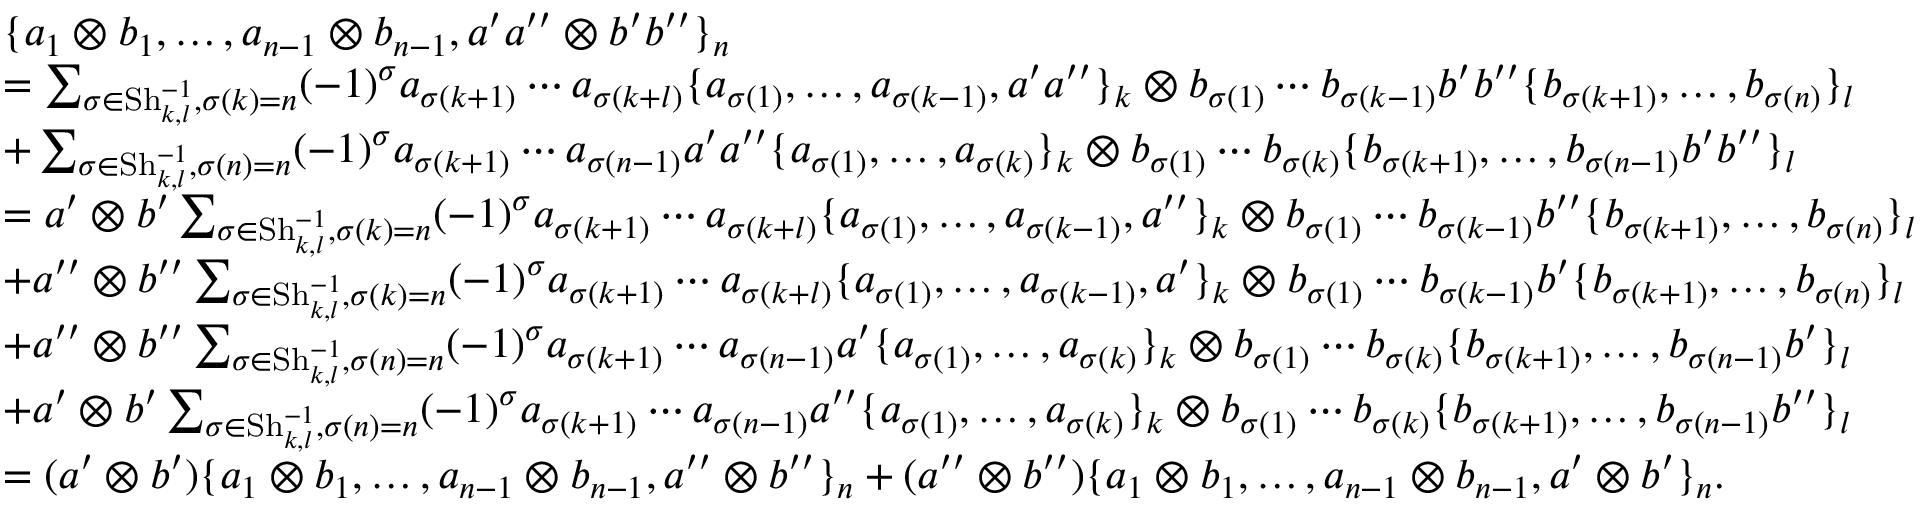
\begin{array} { r l } & { \{ a _ { 1 } \otimes b _ { 1 } , \dotsc , a _ { n - 1 } \otimes b _ { n - 1 } , a ^ { \prime } a ^ { \prime \prime } \otimes b ^ { \prime } b ^ { \prime \prime } \} _ { n } } \\ & { = \sum _ { \sigma \in \operatorname { S h } _ { k , l } ^ { - 1 } , \sigma ( k ) = n } ( - 1 ) ^ { \sigma } a _ { \sigma ( k + 1 ) } \cdots a _ { \sigma ( k + l ) } \{ a _ { \sigma ( 1 ) } , \dotsc , a _ { \sigma ( k - 1 ) } , a ^ { \prime } a ^ { \prime \prime } \} _ { k } \otimes b _ { \sigma ( 1 ) } \cdots b _ { \sigma ( k - 1 ) } b ^ { \prime } b ^ { \prime \prime } \{ b _ { \sigma ( k + 1 ) } , \dotsc , b _ { \sigma ( n ) } \} _ { l } } \\ & { + \sum _ { \sigma \in \operatorname { S h } _ { k , l } ^ { - 1 } , \sigma ( n ) = n } ( - 1 ) ^ { \sigma } a _ { \sigma ( k + 1 ) } \cdots a _ { \sigma ( n - 1 ) } a ^ { \prime } a ^ { \prime \prime } \{ a _ { \sigma ( 1 ) } , \dotsc , a _ { \sigma ( k ) } \} _ { k } \otimes b _ { \sigma ( 1 ) } \cdots b _ { \sigma ( k ) } \{ b _ { \sigma ( k + 1 ) } , \dotsc , b _ { \sigma ( n - 1 ) } b ^ { \prime } b ^ { \prime \prime } \} _ { l } } \\ & { = a ^ { \prime } \otimes b ^ { \prime } \sum _ { \sigma \in \operatorname { S h } _ { k , l } ^ { - 1 } , \sigma ( k ) = n } ( - 1 ) ^ { \sigma } a _ { \sigma ( k + 1 ) } \cdots a _ { \sigma ( k + l ) } \{ a _ { \sigma ( 1 ) } , \dotsc , a _ { \sigma ( k - 1 ) } , a ^ { \prime \prime } \} _ { k } \otimes b _ { \sigma ( 1 ) } \cdots b _ { \sigma ( k - 1 ) } b ^ { \prime \prime } \{ b _ { \sigma ( k + 1 ) } , \dotsc , b _ { \sigma ( n ) } \} _ { l } } \\ & { + a ^ { \prime \prime } \otimes b ^ { \prime \prime } \sum _ { \sigma \in \operatorname { S h } _ { k , l } ^ { - 1 } , \sigma ( k ) = n } ( - 1 ) ^ { \sigma } a _ { \sigma ( k + 1 ) } \cdots a _ { \sigma ( k + l ) } \{ a _ { \sigma ( 1 ) } , \dotsc , a _ { \sigma ( k - 1 ) } , a ^ { \prime } \} _ { k } \otimes b _ { \sigma ( 1 ) } \cdots b _ { \sigma ( k - 1 ) } b ^ { \prime } \{ b _ { \sigma ( k + 1 ) } , \dotsc , b _ { \sigma ( n ) } \} _ { l } } \\ & { + a ^ { \prime \prime } \otimes b ^ { \prime \prime } \sum _ { \sigma \in \operatorname { S h } _ { k , l } ^ { - 1 } , \sigma ( n ) = n } ( - 1 ) ^ { \sigma } a _ { \sigma ( k + 1 ) } \cdots a _ { \sigma ( n - 1 ) } a ^ { \prime } \{ a _ { \sigma ( 1 ) } , \dotsc , a _ { \sigma ( k ) } \} _ { k } \otimes b _ { \sigma ( 1 ) } \cdots b _ { \sigma ( k ) } \{ b _ { \sigma ( k + 1 ) } , \dotsc , b _ { \sigma ( n - 1 ) } b ^ { \prime } \} _ { l } } \\ & { + a ^ { \prime } \otimes b ^ { \prime } \sum _ { \sigma \in \operatorname { S h } _ { k , l } ^ { - 1 } , \sigma ( n ) = n } ( - 1 ) ^ { \sigma } a _ { \sigma ( k + 1 ) } \cdots a _ { \sigma ( n - 1 ) } a ^ { \prime \prime } \{ a _ { \sigma ( 1 ) } , \dotsc , a _ { \sigma ( k ) } \} _ { k } \otimes b _ { \sigma ( 1 ) } \cdots b _ { \sigma ( k ) } \{ b _ { \sigma ( k + 1 ) } , \dotsc , b _ { \sigma ( n - 1 ) } b ^ { \prime \prime } \} _ { l } } \\ & { = ( a ^ { \prime } \otimes b ^ { \prime } ) \{ a _ { 1 } \otimes b _ { 1 } , \dotsc , a _ { n - 1 } \otimes b _ { n - 1 } , a ^ { \prime \prime } \otimes b ^ { \prime \prime } \} _ { n } + ( a ^ { \prime \prime } \otimes b ^ { \prime \prime } ) \{ a _ { 1 } \otimes b _ { 1 } , \dotsc , a _ { n - 1 } \otimes b _ { n - 1 } , a ^ { \prime } \otimes b ^ { \prime } \} _ { n } . } \end{array}